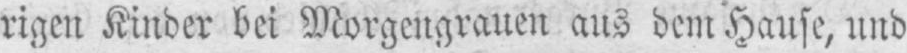
rigen Kinder bei Morgengrauen aus dem Hause, und